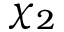
\chi _ { 2 }